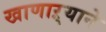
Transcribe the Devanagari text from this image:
खाणाऱ्याने